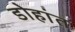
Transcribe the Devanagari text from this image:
डोहांत